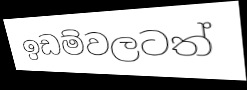
ඉඩම්වලටත්